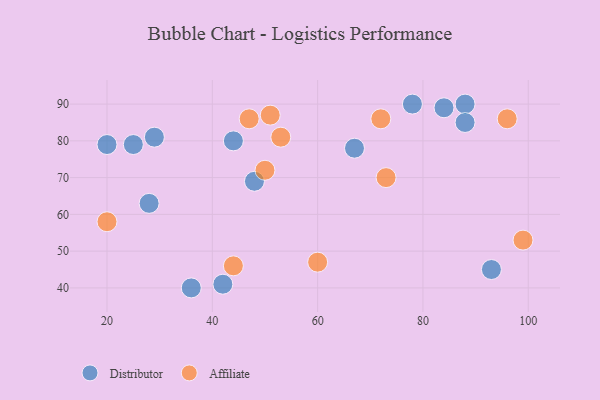
{"axis": {"x": "GDP", "y": "Life Expectancy"}, "legend": ["Affiliate", "Distributor"], "data": [{"x": "48", "y": 69, "type": "Distributor"}, {"x": "29", "y": 81, "type": "Distributor"}, {"x": "20", "y": 79, "type": "Distributor"}, {"x": "25", "y": 79, "type": "Distributor"}, {"x": "42", "y": 41, "type": "Distributor"}, {"x": "88", "y": 90, "type": "Distributor"}, {"x": "88", "y": 85, "type": "Distributor"}, {"x": "84", "y": 89, "type": "Distributor"}, {"x": "67", "y": 78, "type": "Distributor"}, {"x": "44", "y": 80, "type": "Distributor"}, {"x": "36", "y": 40, "type": "Distributor"}, {"x": "28", "y": 63, "type": "Distributor"}, {"x": "93", "y": 45, "type": "Distributor"}, {"x": "78", "y": 90, "type": "Distributor"}, {"x": "72", "y": 86, "type": "Affiliate"}, {"x": "44", "y": 46, "type": "Affiliate"}, {"x": "47", "y": 86, "type": "Affiliate"}, {"x": "73", "y": 70, "type": "Affiliate"}, {"x": "99", "y": 53, "type": "Affiliate"}, {"x": "53", "y": 81, "type": "Affiliate"}, {"x": "51", "y": 87, "type": "Affiliate"}, {"x": "50", "y": 72, "type": "Affiliate"}, {"x": "20", "y": 58, "type": "Affiliate"}, {"x": "96", "y": 86, "type": "Affiliate"}, {"x": "60", "y": 47, "type": "Affiliate"}]}